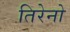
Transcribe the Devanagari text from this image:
तिरेनो